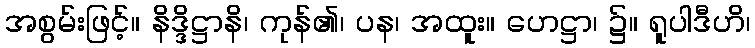
အစွမ်းဖြင့်။ နိဒ္ဒိဋ္ဌာနိ၊ ကုန်၏၊ ပန၊ အထူး။ ဟေဋ္ဌာ၊ ၌။ ရူပါဒီဟိ၊